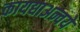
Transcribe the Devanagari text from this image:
कायद्याअन्वये